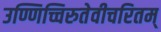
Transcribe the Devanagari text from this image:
उण्णिच्चिरुतेवीचरितम्